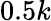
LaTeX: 0.5k